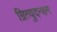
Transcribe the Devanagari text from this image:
म्रित्युदन्शम